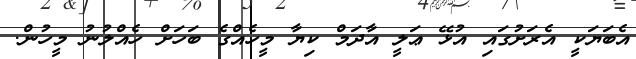
އެބަޔަކީ އެރަށުގައި އުޅޭ ޢަލީ އާދަމް ކިޔާ މީހެއްގެ ބަހަށް ހެއްލުނު މީހުން.